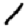
Digit: 1